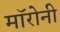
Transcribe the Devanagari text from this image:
मॉरोनी